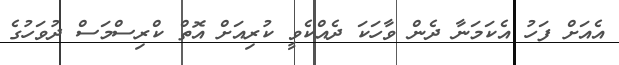
އެއަށް ފަހު އެކަމަނާ ދެން ވާހަކަ ދެއްކެވީ ކުރިއަށް އޮތް ކްރިސްމަސް ދުވަހުގެ